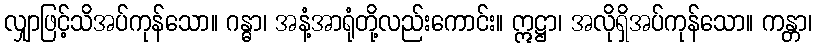
လျှာဖြင့်သိအပ်ကုန်သော။ ဂန္ဓာ၊ အနံ့အာရုံတို့လည်းကောင်း။ ဣဋ္ဌာ၊ အလိုရှိအပ်ကုန်သော။ ကန္တာ၊